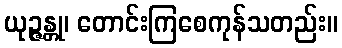
ယုဉ္ဇန္တု၊ တောင်းကြစေကုန်သတည်း။